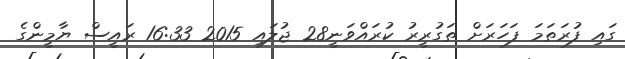
ގައި ފުރަތަމަ ފަހަރަށް ތަގުރީރު ކުރައްވަނީ28 ޖުލައި 2015 16:33 ރައީސް ޔާމީންގެ